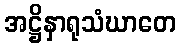
အဋ္ဌိနှာရုသံဃာတေ